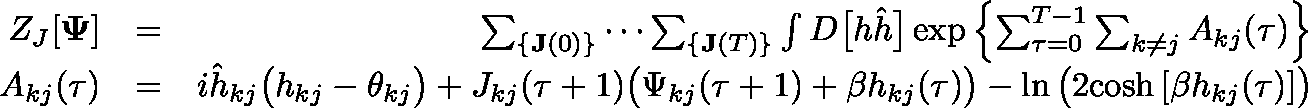
\begin{array} { r l r } { Z _ { J } [ \mathbf { \Psi } ] } & { = } & { \sum _ { \{ \mathbf { J } ( 0 ) \} } \cdots \sum _ { \{ \mathbf { J } ( T ) \} } \int D \big [ h \hat { h } \big ] \exp \left\{ \sum _ { \tau = 0 } ^ { T - 1 } \sum _ { k \neq j } A _ { k j } ( \tau ) \right\} } \\ { A _ { k j } ( \tau ) } & { = } & { i \hat { h } _ { k j } \big ( h _ { k j } - \theta _ { k j } \big ) + J _ { k j } ( \tau + 1 ) \big ( \Psi _ { k j } ( \tau + 1 ) + \beta h _ { k j } ( \tau ) \big ) - \ln \big ( 2 \mathrm { c o s h } \, [ \beta h _ { k j } ( \tau ) ] \big ) } \end{array}